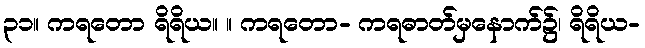
၃၁။ ကရတော ရိရိယ။ ။ ကရတော- ကရဓာတ်မှနောက်၌၊ ရိရိယ-